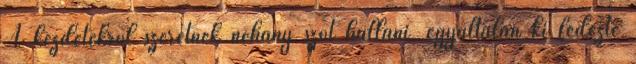
A kezdetekről szeretnék néhány szót hallani, egyáltalán ki fedezte